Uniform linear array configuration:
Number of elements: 48
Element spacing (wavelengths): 0.5
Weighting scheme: blackman
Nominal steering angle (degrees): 45
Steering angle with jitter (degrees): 43.295
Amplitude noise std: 0.05
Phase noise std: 0.05

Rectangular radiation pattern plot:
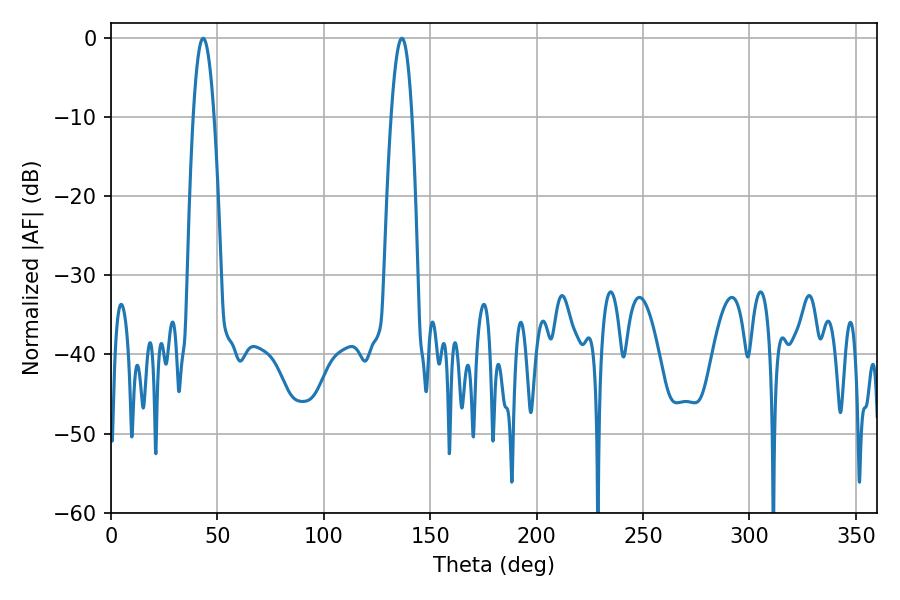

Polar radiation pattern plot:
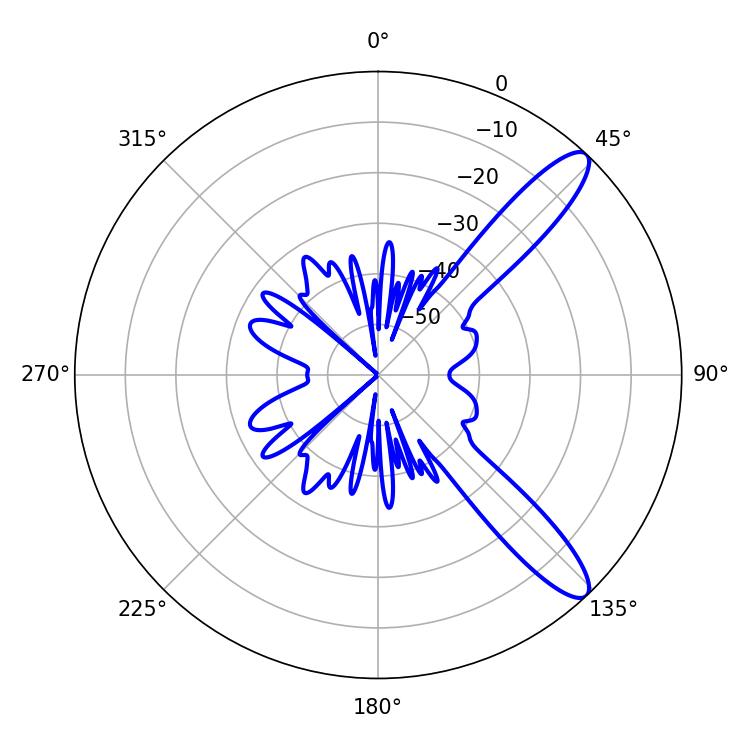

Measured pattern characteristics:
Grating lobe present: FALSE
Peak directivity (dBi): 11.565
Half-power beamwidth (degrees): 5.4
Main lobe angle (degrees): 43.38